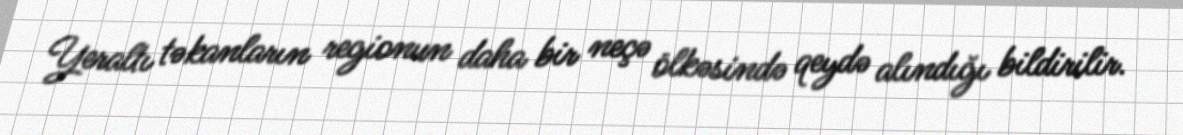
Yeraltı təkanların regionun daha bir neçə ölkəsində qeydə alındığı bildirilir.